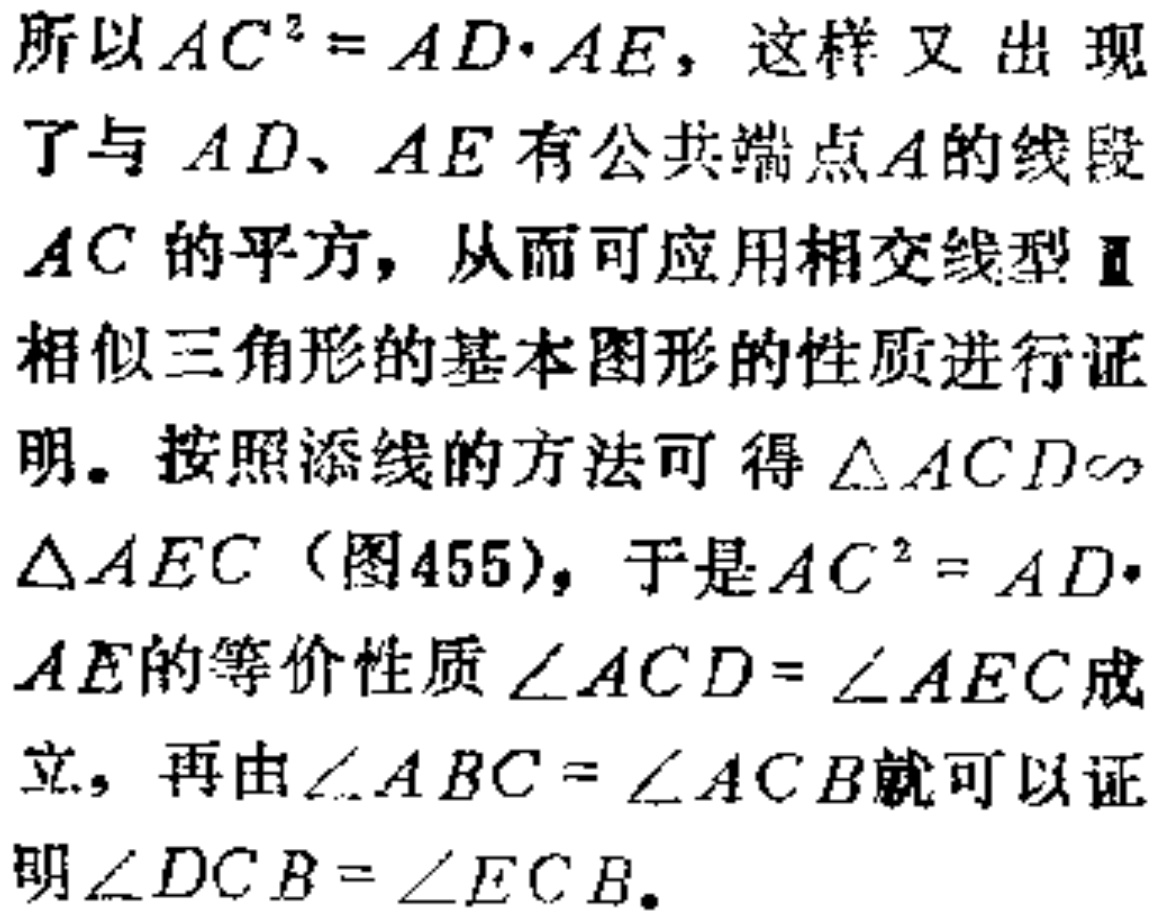
所以\(AC^{2}=AD\cdot AE\)，这样又出现了与 \(AD\)、\(AE\) 有公共端点\(A\)的线段 \(AC\) 的平方，从而可应用相交线型 Ⅲ 相似三角形的基本图形的性质进行证明。按照添线的方法可得\(\triangle ACD\sim\triangle AEC\)（图455），于是\(AC^{2}=AD\cdot AE\)的等价性质\(\angle ACD = \angle AEC\)成立，再由\(\angle ABC=\angle ACB\)就可以证明\(\angle DCB=\angle ECB\)。